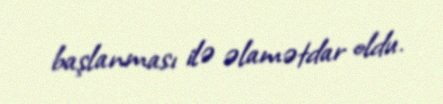
başlanması ilə əlamətdar oldu.